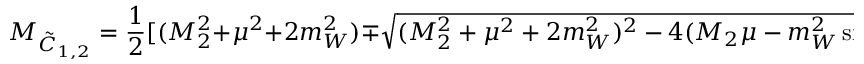
M _ { { \tilde { C } } _ { 1 , 2 } } = { \frac { 1 } { 2 } } [ ( M _ { 2 } ^ { 2 } + \mu ^ { 2 } + 2 m _ { W } ^ { 2 } ) \mp \sqrt { ( M _ { 2 } ^ { 2 } + \mu ^ { 2 } + 2 m _ { W } ^ { 2 } ) ^ { 2 } - 4 ( M _ { 2 } \mu - m _ { W } ^ { 2 } \sin 2 \beta ) ^ { 2 } } ] \ .